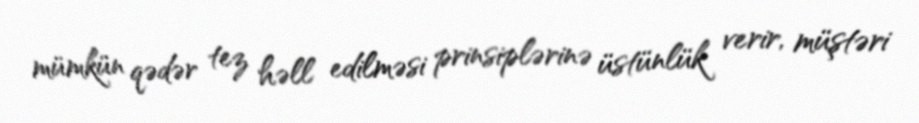
mümkün qədər tez həll edilməsi prinsiplərinə üstünlük verir, müştəri